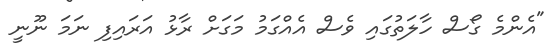
"އެންމެ ގޯސް ހާލަތުގައި ވެސް އެއްގަމު މަގަށް ރާޅު އަރައިފި ނަމަ ނޫނީ